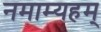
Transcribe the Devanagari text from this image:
नमाम्यहम्‌